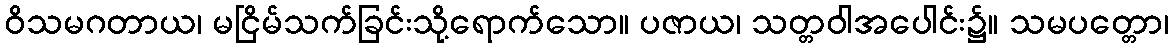
ဝိသမဂတာယ၊ မငြိမ်သက်ခြင်းသို့ရောက်သော။ ပဇာယ၊ သတ္တဝါအပေါင်း၌။ သမပတ္တော၊